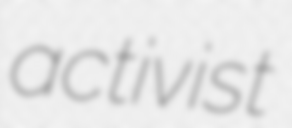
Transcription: activist